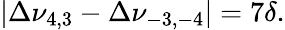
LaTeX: \left|\Delta\nu_{4,3}-\Delta\nu_{-3,-4}\right|=7\delta.